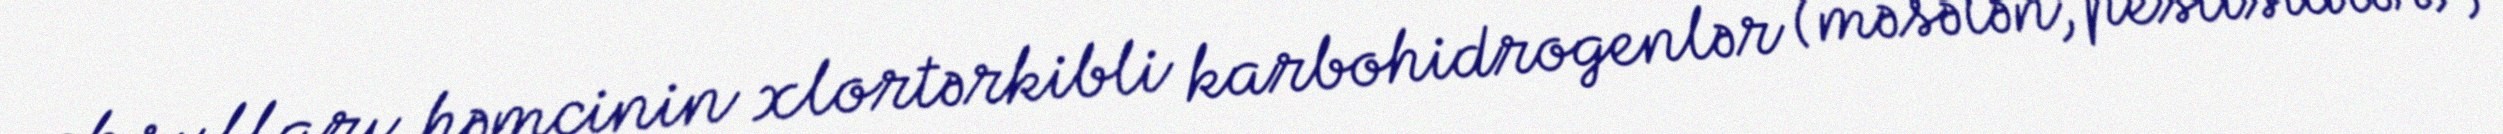
məhsulları, həmçinin xlortərkibli karbohidrogenlər (məsələn, pestisidlər),